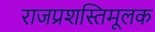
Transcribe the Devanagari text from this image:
राजप्रशस्तिमूलक